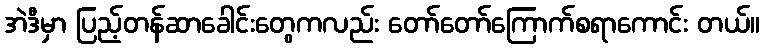
အဲဒီမှာ ပြည့်တန်ဆာခေါင်းတွေကလည်း တော်တော်ကြောက်စရာကောင်း တယ်။